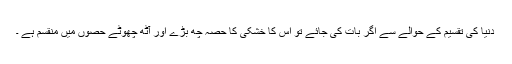
دنیا کی تقسیم کے حوالے سے اگر بات کی جائے تو اس کا خشکی کا حصہ چھ بڑے اور آٹھ چھوٹے حصوں میں منقسم ہے ۔